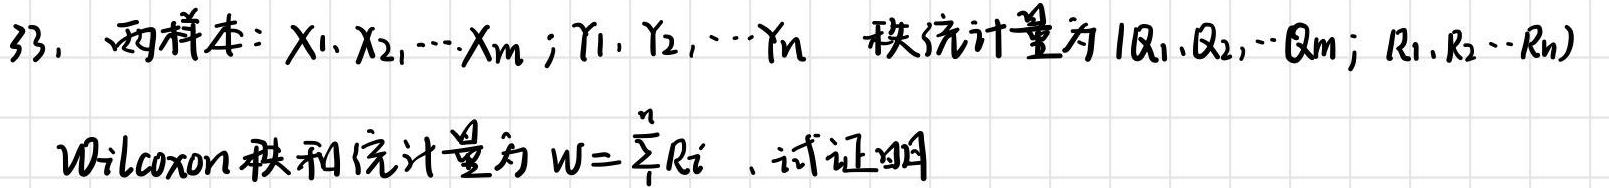
33. 两样本：$X_1,X_2,\cdots,X_m;Y_1,Y_2,\cdots,Y_n$ 秩统计量为 $(R_1,R_2,\cdots,R_m;R_1',R_2'\cdots R_n')$

Wilcoxon秩和统计量为 $W = \sum_{i = 1}^{n}R_i$，试证明